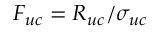
F _ { u c } = R _ { u c } / \sigma _ { u c }